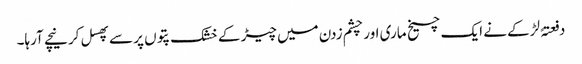
دفعتہً لڑکے نے ایک چیخ ماری اور چشم زدن میں چیڑ کے خشک پتوں پر سے پھسل کر نیچے آرہا۔